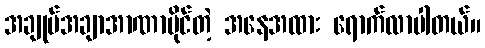
အချုပ်အချာအာဏာပိုင်တဲ့ အနေအထား ရောက်လာပါတယ်။